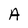
Character: A